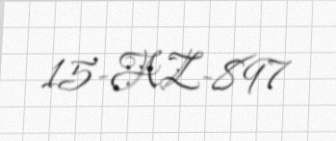
15-AZ-897